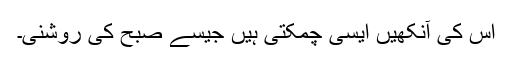
اس کی آنکھیں ایسی چمکتی ہیں جیسے صبح کی روشنی۔